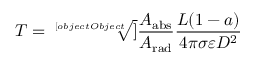
T = { \sqrt [ [object Object] ] { { \frac { A _ { \mathrm { { a b s } } } } { A _ { \mathrm { { r a d } } } } } { \frac { L ( 1 - a ) } { 4 \pi \sigma \varepsilon D ^ { 2 } } } } }